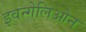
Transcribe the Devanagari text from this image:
इवन्गेलिओन